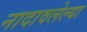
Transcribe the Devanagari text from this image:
नादावलेल्या